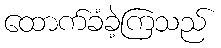
ထောက်ခံခဲ့ကြသည်